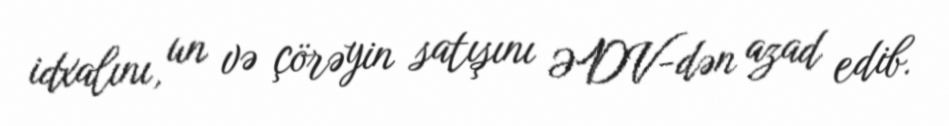
idxalını, un və çörəyin satışını ƏDV-dən azad edib.